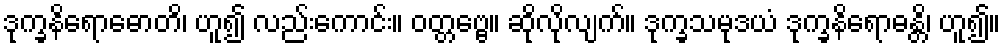
ဒုက္ခနိရောဓောတိ၊ ဟူ၍ လည်းကောင်း။ ဝတ္တဗ္ဗေ။ ဆိုလိုလျက်။ ဒုက္ခသမုဒယံ ဒုက္ခနိရောဓန္တိ၊ ဟူ၍။